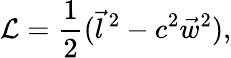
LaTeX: {\cal L}={\frac{1}{2}}({\vec{l}}\, ^{2}-c^{2}{\vec{w}}^{2}),